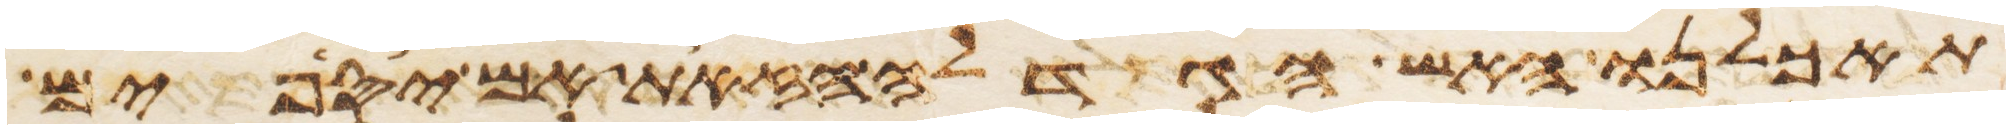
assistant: תאכלנו האש הגדלה הזאת אם יספים